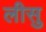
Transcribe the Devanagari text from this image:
लीसु